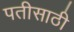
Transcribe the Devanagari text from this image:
पतीसाठी